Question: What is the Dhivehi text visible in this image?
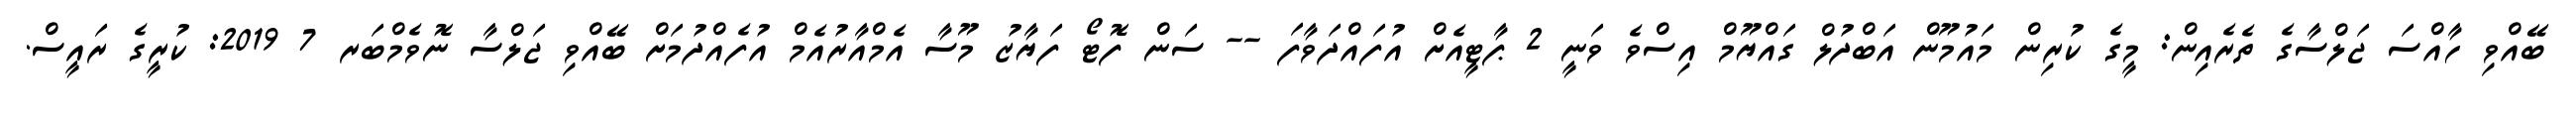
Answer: ބޭއްވި ހާއްސަ ޖަލްސާގެ ތެރެއިން: މީގެ ކުރިން މައުމޫން އަބްދުލް ގައްޔޫމް އިސްވެ ވަނީ 2 ޕާޓީއެށް އުފައްދަވާފަ -- ސަން ފޮޓޯ ފަޔާޒު މޫސާ އެމްއާރުއެމް އުފެއްދުމަށް ބޭއްވި ޖަލްސާ ނޮވެމްބަރ 7 2019: ކުރީގެ ރައީސް.